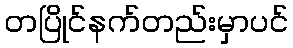
တပြိုင်နက်တည်းမှာပင်